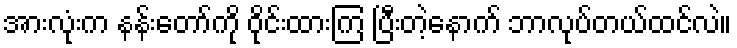
အားလုံးက နန်းတော်ကို ဝိုင်းထားကြ ပြီးတဲ့နောက် ဘာလုပ်တယ်ထင်လဲ။